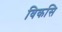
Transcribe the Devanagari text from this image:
विकसि